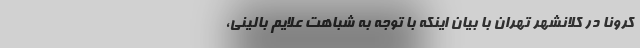
کرونا در کلانشهر تهران با بیان اینکه با توجه به شباهت علایم بالینی،